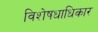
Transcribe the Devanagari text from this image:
विशेषधाधिकार